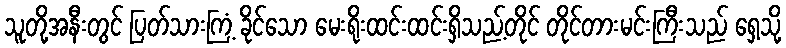
သူတို့အနီးတွင် ပြတ်သားကြံ့ ခိုင်သော မေးရိုးထင်းထင်းရှိသည့်တိုင် တိုင်တားမင်းကြီးသည် ရှေ့သို့